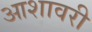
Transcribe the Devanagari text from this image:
आशावरी